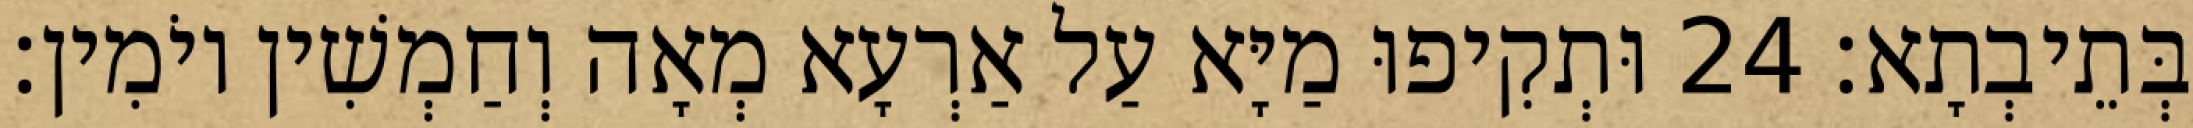
בְּתֵיבְתָא׃ 24 וּתְקִיפוּ מַיָּא עַל אַרְעָא מְאָה וְחַמְשִׁין יוֹמִין׃